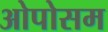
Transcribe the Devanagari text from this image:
ओपोसम